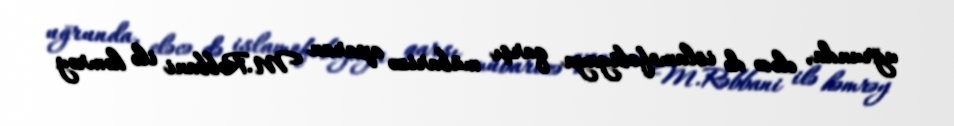
uğrunda, eləcə də islamofobiyaya qarşı mübarizə aparan M.Rəbbani ilə həmrəy